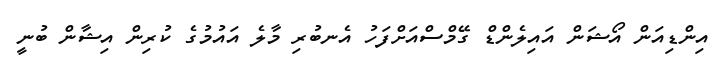
އިންޑިއަން އޯޝަން އައިލެންޑް ގޭމްސްއަށްފަހު އެނބުރި މާލެ އައުމުގެ ކުރިން އިޝާން ބުނީ